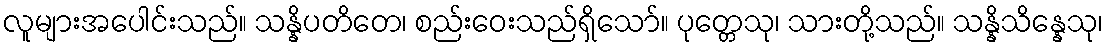
လူများအပေါင်းသည်။ သန္နိပတိတေ၊ စည်းဝေးသည်ရှိသော်။ ပုတ္တေသု၊ သားတို့သည်။ သန္နိသိန္နေသု၊